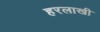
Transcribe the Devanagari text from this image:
हरलाखी